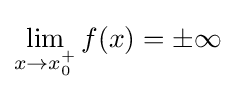
\lim _{x\to x_{0}^{+}}f(x)=\pm \infty